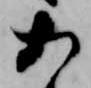
あ